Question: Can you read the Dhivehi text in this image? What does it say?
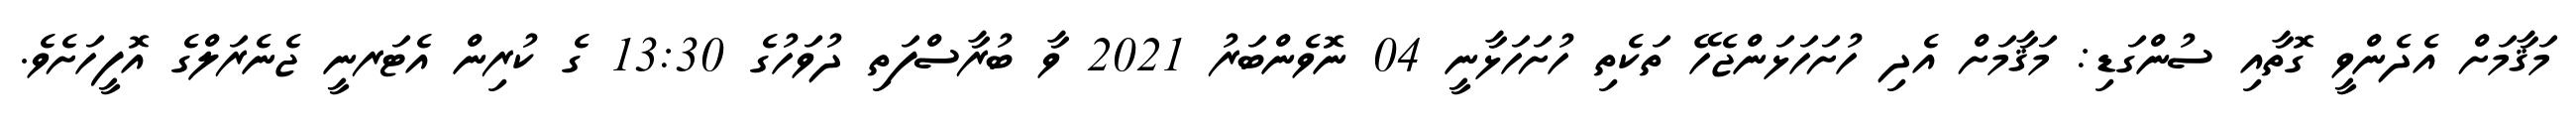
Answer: މަޤާމަށް އެދެންވީ ގޮތާއި ސުންގަޑި: މަޤާމަށް އެދި ހުށަހަޅަންޖެހޭ ތަކެތި ހުށަހަޅާނީ 04 ނޮވެންބަރު 2021 ވާ ބުރާސްފަތި ދުވަހުގެ 13:30 ގެ ކުރިން އެޓަރނީ ޖެނެރަލްގެ އޮފީހަށެވެ.